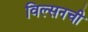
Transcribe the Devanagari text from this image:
विल्सनची